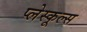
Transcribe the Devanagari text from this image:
प्लेस्कूल्स